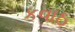
કવાઠ